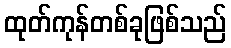
ထုတ်ကုန်တစ်ခုဖြစ်သည်